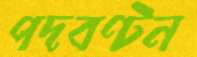
পদবণ্টন